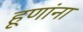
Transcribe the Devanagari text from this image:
हूणांना